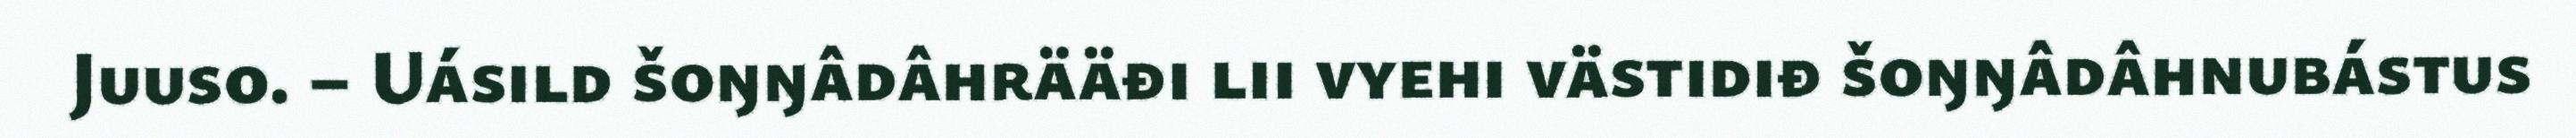
Juuso. – Uásild šoŋŋâdâhrääđi lii vyehi västidiđ šoŋŋâdâhnubástus